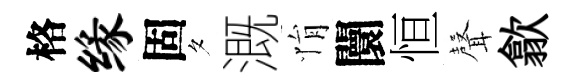
格缘固夕溉悁闤恒𮋻歙